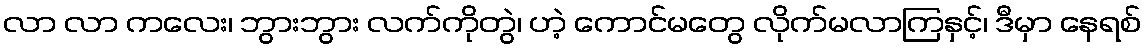
လာ လာ ကလေး၊ ဘွားဘွား လက်ကိုတွဲ၊ ဟဲ့ ကောင်မတွေ လိုက်မလာကြနှင့်၊ ဒီမှာ နေရစ်